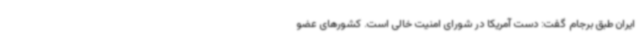
ایران طبق برجام گفت: دست آمریکا در شورای امنیت خالی است. کشورهای عضو